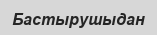
Бастырушыдан